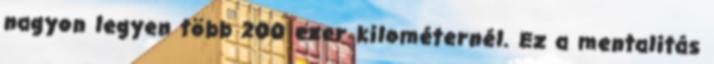
nagyon legyen több 200 ezer kilométernél. Ez a mentalitás